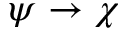
\psi \to \chi